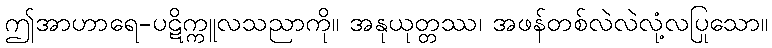
ဤအာဟာရေ-ပဋိက္ကူလသညာကို။ အနုယုတ္တဿ၊ အဖန်တစ်လဲလဲလုံ့လပြုသော။